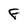
Character: F